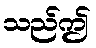
သည်ဤ